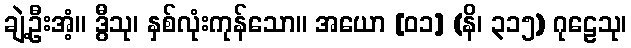
ချဲ့ဦးအံ့။ ဒွီသု၊ နှစ်လုံးကုန်သော။ အယော [၀၁] (နိ၊ ၃၁၅) ဂုဠေသု၊